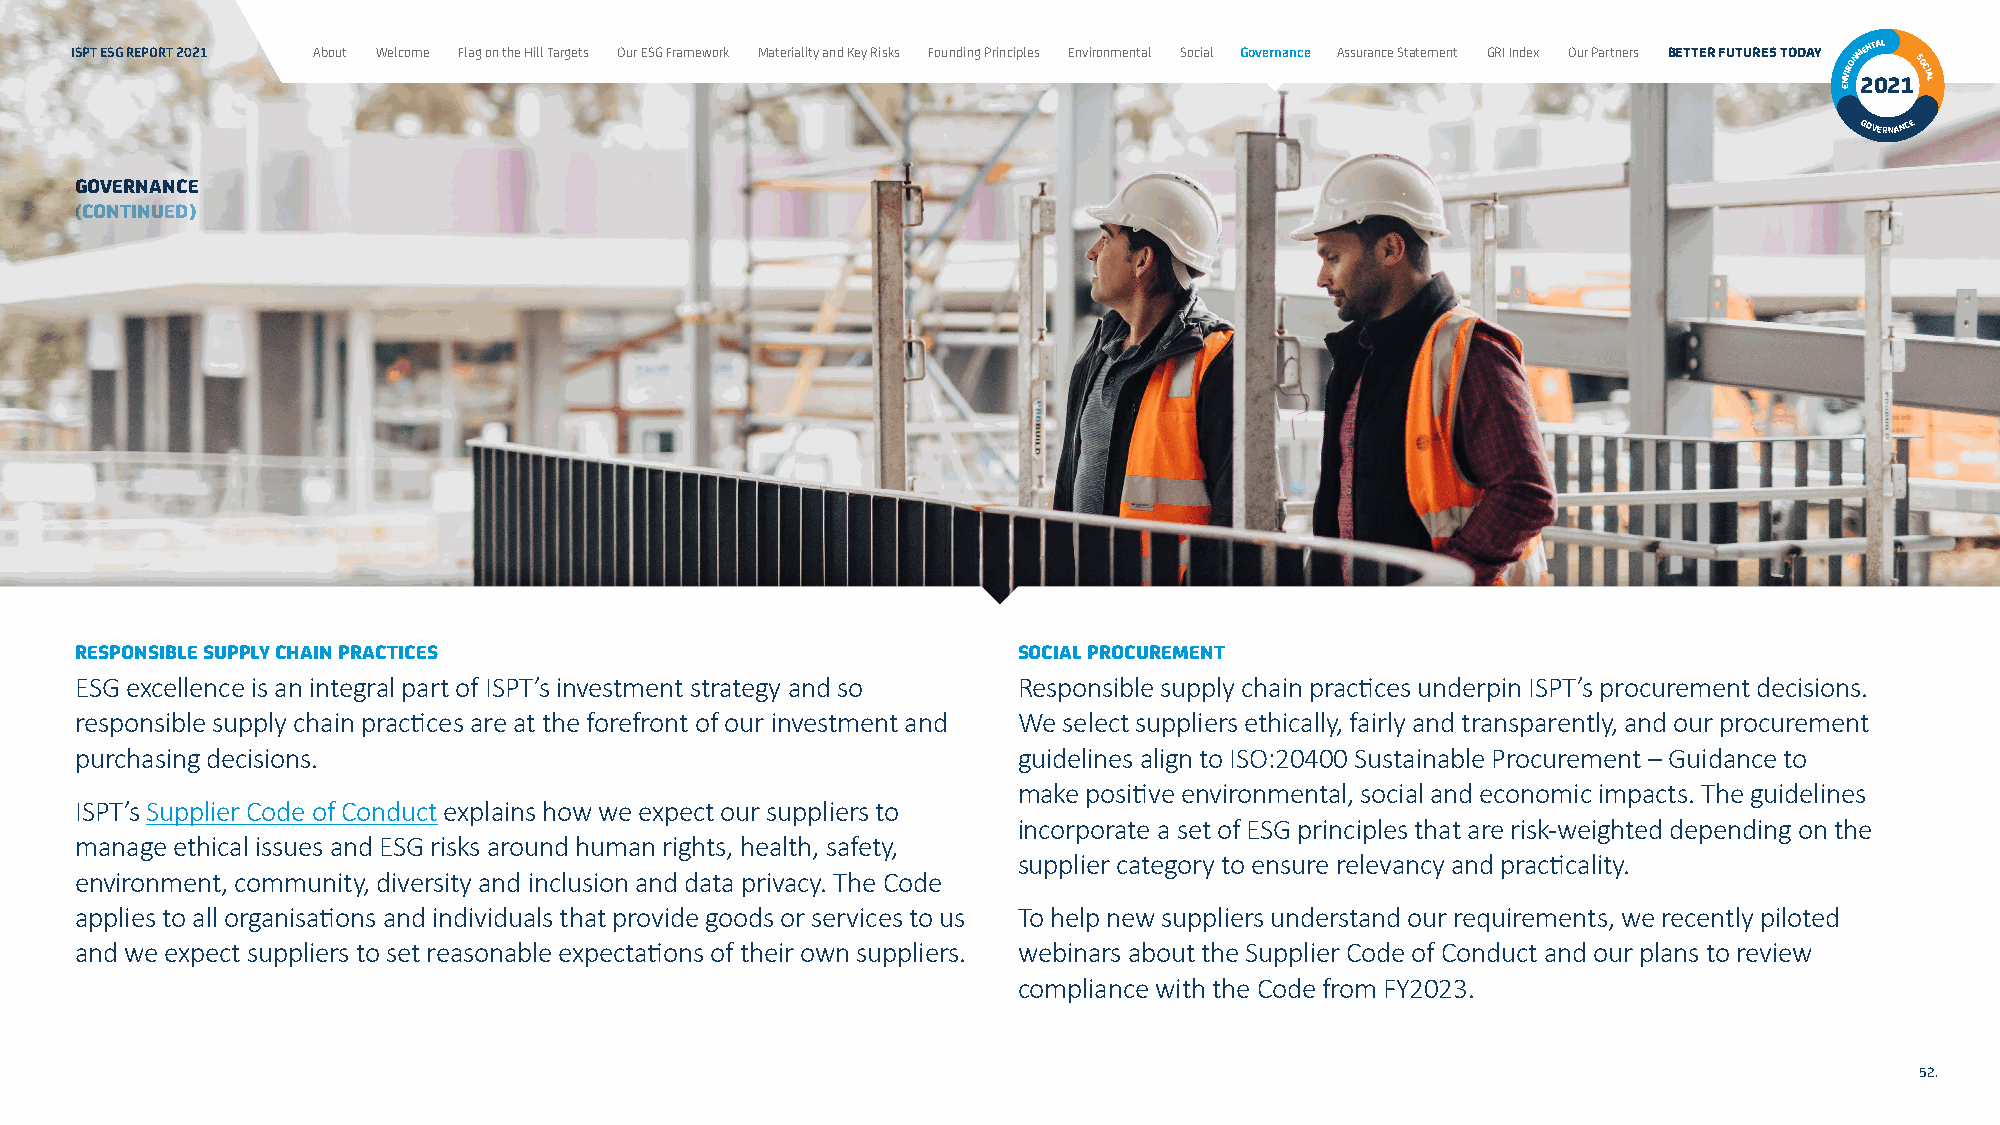
ISPT ESG REPORT 2021 About Welcome Flag on the Hill Targets Our ESG Framework Materiality and Key Risks Founding Principles Environmental Social Governance Assurance Statement GRI Index Our Partners BETTER FUTURES TODAY NVIRONM 2ENT 0AL
 21SOCIAL
 E
 GOVERNANCE
 GOVERNANCE
 (CONTINUED)
 RESPONSIBLE SUPPLY CHAIN PRACTICES                            SOCIAL PROCUREMENT
 ESG excellence is an integral part of ISPT’s investment strategy and so Responsible supply chain practices underpin ISPT’s procurement decisions.
 responsible supply chain practices are at the forefront of our investment and We select suppliers ethically, fairly and transparently, and our procurement
 purchasing decisions.                                         guidelines align to ISO:20400 Sustainable Procurement – Guidance to
 make positive environmental, social and economic impacts. The guidelines
 ISPT’s Supplier Code of Conduct explains how we expect our suppliers to
 incorporate a set of ESG principles that are risk-weighted depending on the
 manage ethical issues and ESG risks around human rights, health, safety,
 supplier category to ensure relevancy and practicality.
 environment, community, diversity and inclusion and data privacy. The Code
 applies to all organisations and individuals that provide goods or services to us To help new suppliers understand our requirements, we recently piloted
 and we expect suppliers to set reasonable expectations of their own suppliers. webinars about the Supplier Code of Conduct and our plans to review
 compliance with the Code from FY2023.
 52.